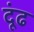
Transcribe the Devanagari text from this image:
दूंढ